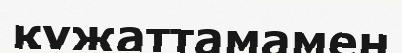
құжаттамамен